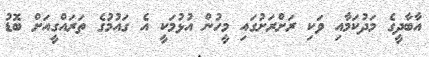
އާބާދީގެ މަދުކަމާއި ވަކި ރަށްރަށުގައި މީހުން އުޅުމަކީ އެ ގައުމުގެ ތަރައްގީއަށް ބޮޑު